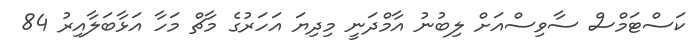
ކަސްޓަމްސް ސާވިސްއަށް ލިބުނު އާމްދަނީ މިދިޔަ އަހަރުގެ މާޗް މަހާ އަޅާބަލާއިރު 84